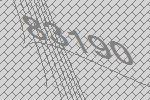
83190